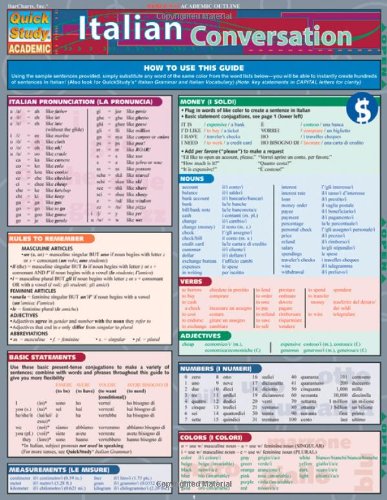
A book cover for Italian Conversation (Quickstudy: Academic); Inc. BarCharts; Reference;